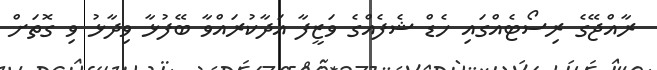
ރާއްޖޭގެ ރިސޯޓެއްގައި ހެޑް ޝެފެއްގެ ވަޒީފާ އަދާކުރައްވާ ބޭފުޅާ ވިދާޅު ވި ގޮތަށް